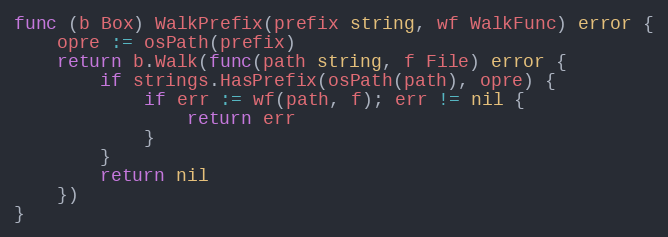
Language: Go
func (b Box) WalkPrefix(prefix string, wf WalkFunc) error {
	opre := osPath(prefix)
	return b.Walk(func(path string, f File) error {
		if strings.HasPrefix(osPath(path), opre) {
			if err := wf(path, f); err != nil {
				return err
			}
		}
		return nil
	})
}